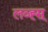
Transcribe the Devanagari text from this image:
लव्ह्स्